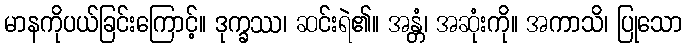
မာနကိုပယ်ခြင်းကြောင့်။ ဒုက္ခဿ၊ ဆင်းရဲ၏။ အန္တံ၊ အဆုံးကို။ အကာသိ၊ ပြုသော